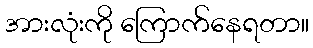
အားလုံးကို ကြောက်နေရတာ။